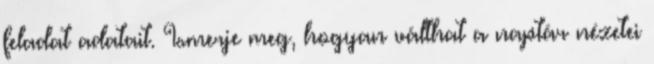
feladat adatait. Ismerje meg, hogyan válthat a naptár nézetei